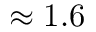
\approx 1 . 6